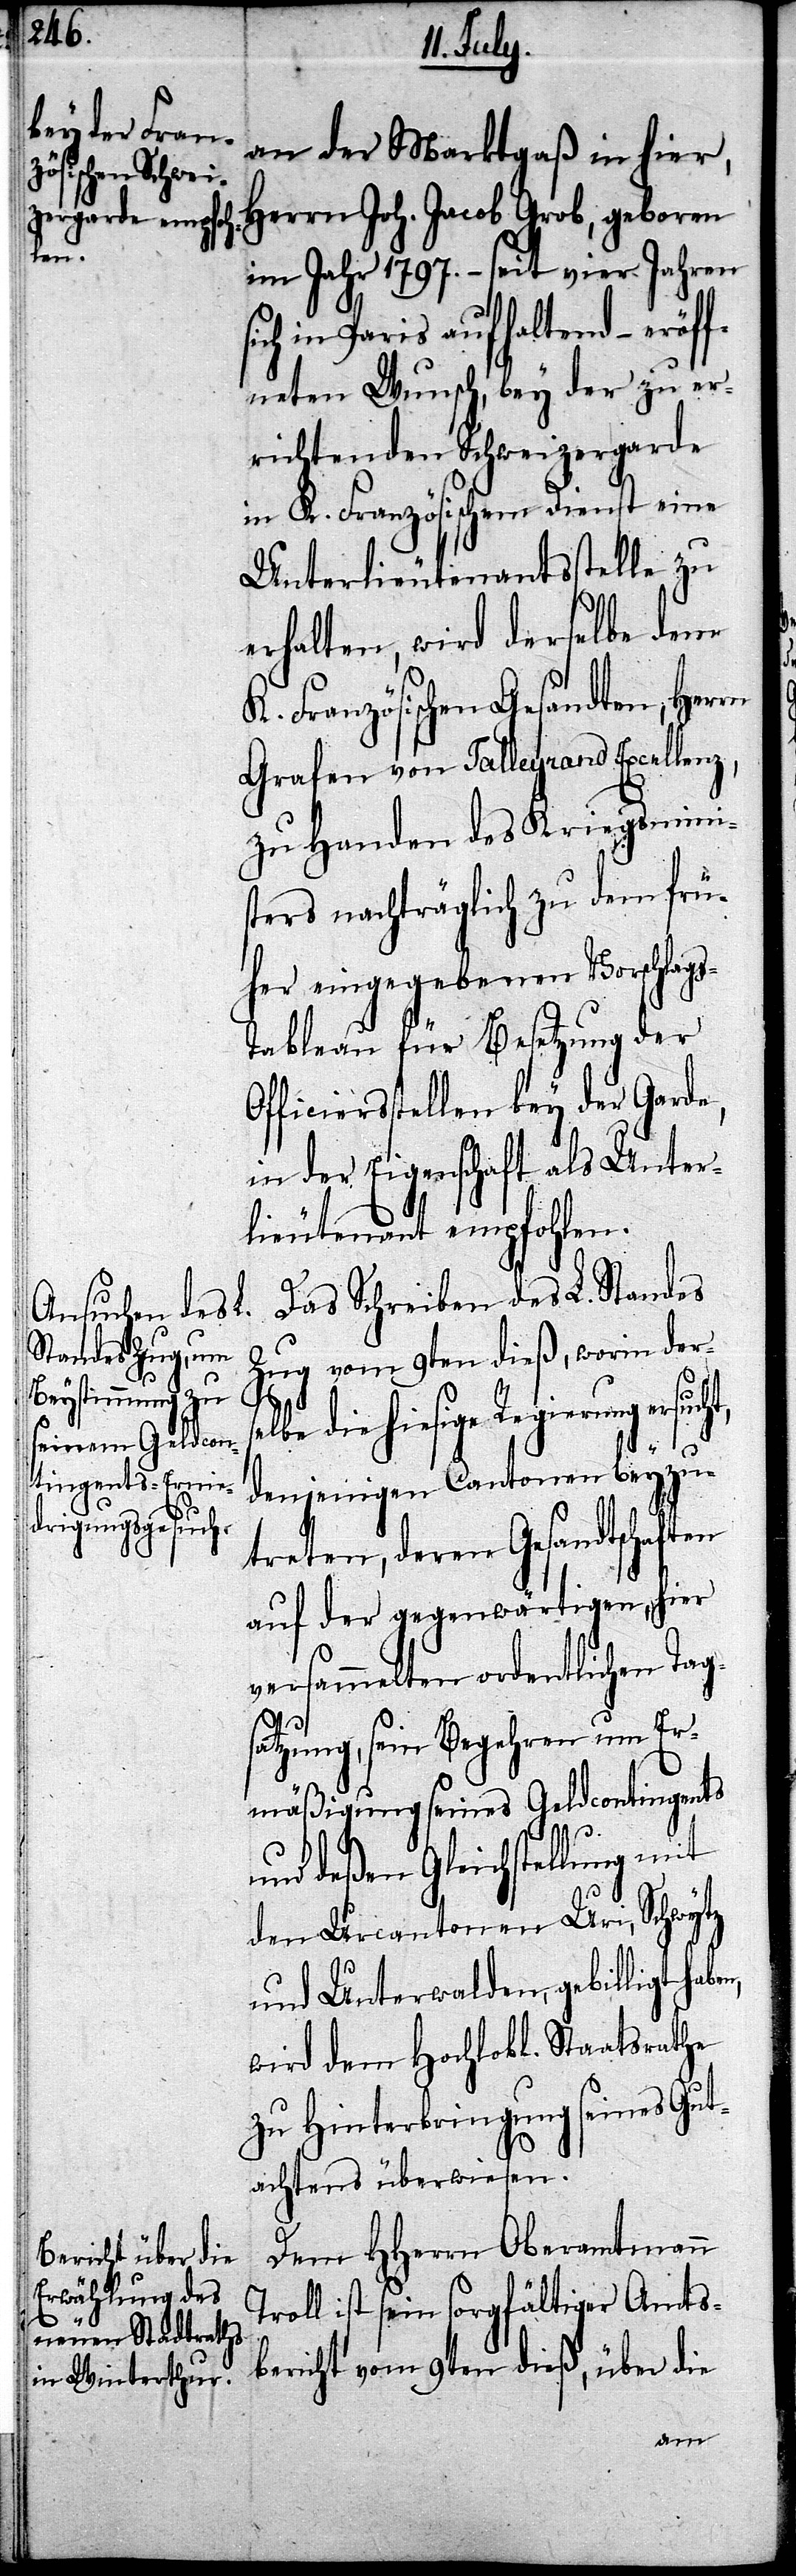
Tr¬

an der Marktgaß in hier,
Herrn Joh. Jacob Grob, geboren
im Jahr 1797. – seit vier Jahren
sich in Paris aufhaltend – eröff¬
neten Wunsch, bey der zu er¬
richtenden Schweizergarde
in K. Französischem Dienst eine
Unterlieutenantsstelle zu
erhalten, wird derselbe dem
K. Französischen Gesandten, Herrn
Grafen von Talleyrand Excellenz,
zu Handen des Kriegsminis¬
ters nachträglich zu dem frü¬
her eingegebenen Vorschlag¬
ableau für Besetzung der
Officiersstellen bey der Garde,
in der Eigenschaft als Unter¬
lieutenant empfohlen.
Das Schreiben des L. Standes
Zug vom 9ten dieß, worin der¬
e die hiesige Regierung
denjenigen Cantonen beyzu¬
treten, deren Gesandtschaften
auf der gegenwärtigen, hier
versammelten ordentlichen Tags¬
atzung, sein Begehren um Er¬
mäßigung seines Geldcontigents
und deßen Gleichstellung mit
den Urcantonen Uri, Schwytz
und Unterwalden, gebilligt hab¬
wird dem Hochlobl. Staatsrathe
zu Hinterbringung seines Gut¬
achtens überwiesen.
Dem HHerrn Oberamtmann
oll ist sein sorgfältiger Amts¬
bericht vom 9ten dieß, über die